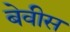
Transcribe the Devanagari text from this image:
बेवीस